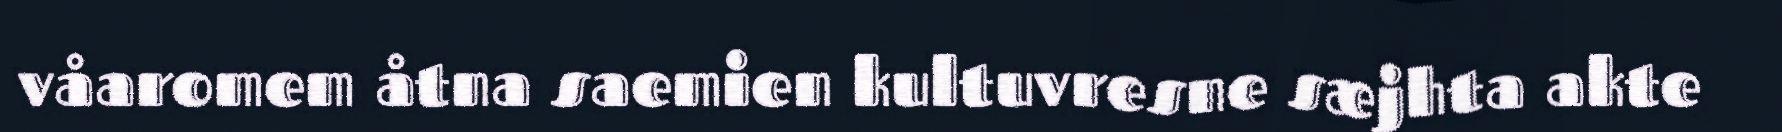
våaromem åtna saemien kultuvresne sæjhta akte